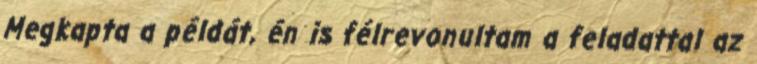
Megkapta a példát, én is félrevonultam a feladattal az